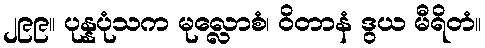
၂၉၉။ ပုန္နပုံသက မုလ္လောစံ၊ ဝိတာနံ ဒွယ မီရိတံ။